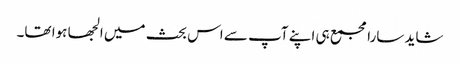
شاید سارا مجمع ہی اپنے آپ سے اس بحث میں الجھا ہوا تھا۔